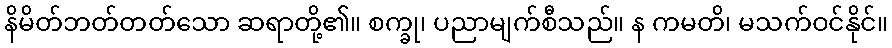
နိမိတ်ဘတ်တတ်သော ဆရာတို့၏။ စက္ခု၊ ပညာမျက်စီသည်။ န ကမတိ၊ မသက်ဝင်နိုင်။